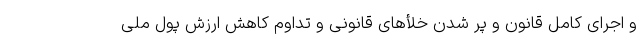
و اجرای کامل قانون و پر شدن خلأهای قانونی و تداوم کاهش ارزش پول ملی